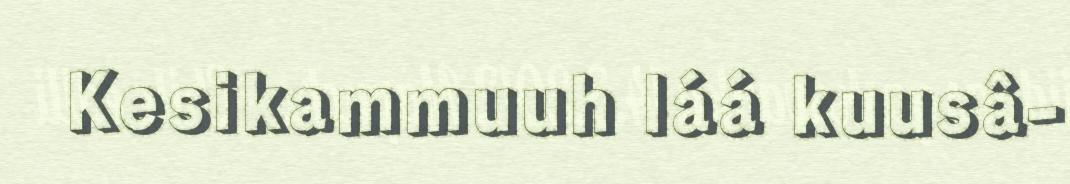
Kesikammuuh láá kuusâ-